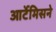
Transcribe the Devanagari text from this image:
आर्टेमिसने